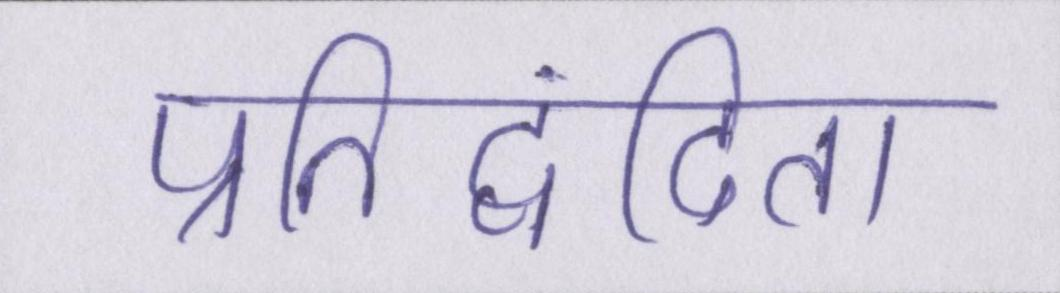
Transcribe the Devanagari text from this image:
प्रतिद्वंदिता